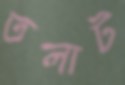
তলাট